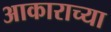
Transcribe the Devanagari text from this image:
अाकाराच्या